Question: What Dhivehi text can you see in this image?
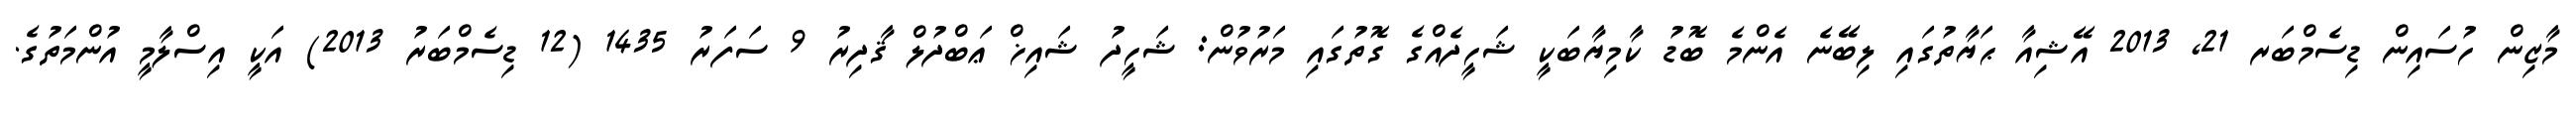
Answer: މާޒިން ހުސައިން ޑިސެމްބަރ 21, 2013 އޭޝިއާ ޙަޔާތުގައި ލިބޭނެ އެންމެ ބޮޑު ކާމިޔާބަކީ ޝަހީދެއްގެ ގޮތުގައި މަރުވުން: ޝަހީދު ޝައިޚް ޢަބްދުލް ޤާދިރު 9 ސަފަރު 1435 (12 ޑިސެމްބަރު 2013) އަކީ އިސްލާމީ އުންމަތުގެ.